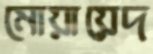
মোয়ায়েদ